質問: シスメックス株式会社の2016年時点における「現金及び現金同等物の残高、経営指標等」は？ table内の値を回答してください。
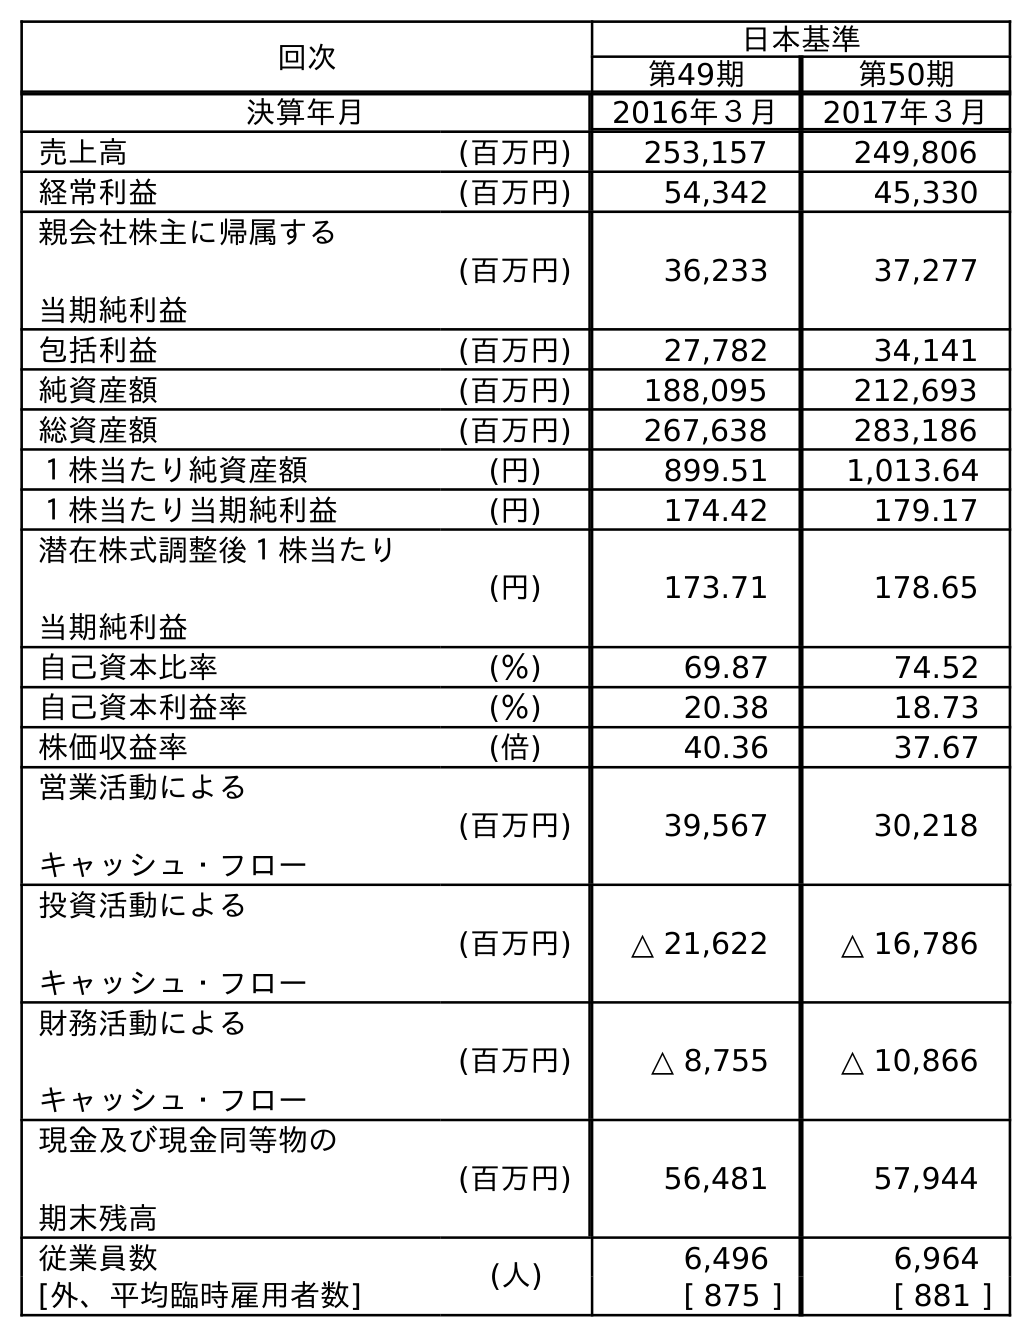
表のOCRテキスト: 回次 日本基準 第49期 第50期 決算年月 2016年３月 2017年３月 売上高 (百万円) 253,157 249,806 経常利益 (百万円) 54,342 45,330 親会社株主に帰属する 当期純利益 (百万円) 36,233 37,277 包括利益 (百万円) 27,782 34,141 純資産額 (百万円) 188,095 212,693 総資産額 (百万円) 267,638 283,186 １株当たり純資産額 (円) 899.51 1,013.64 １株当たり当期純利益 (円) 174.42 179.17 潜在株式調整後１株当たり 当期純利益 (円) 173.71 178.65 自己資本比率 (％) 69.87 74.52 自己資本利益率 (％) 20.38 18.73 株価収益率 (倍) 40.36 37.67 営業活動による キャッシュ・フロー (百万円) 39,567 30,218 投資活動による キャッシュ・フロー (百万円) △ 21,622 △ 16,786 財務活動による キャッシュ・フロー (百万円) △ 8,755 △ 10,866 現金及び現金同等物の 期末残高 (百万円) 56,481 57,944 従業員数 (人) 6,496 6,964 [外、平均臨時雇用者数] [ 875 ] [ 881 ]
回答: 56,481